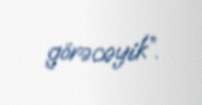
görəcəyik”.